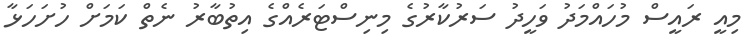
މިއީ ރައީސް މުހައްމަދު ވަހީދު ސަރުކާރުގެ މިނިސްޓަރެއްގެ އިތުބާރު ނެތް ކަމަށް ހުށަހަޅާ